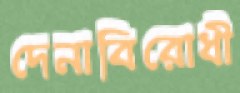
দেনাবিরোধী